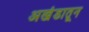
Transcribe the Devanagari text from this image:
अखंडातून